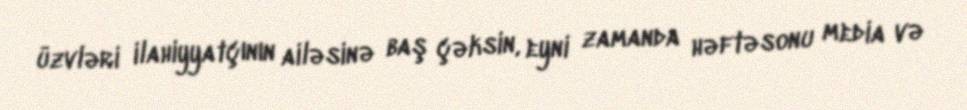
üzvləri ilahiyyatçının ailəsinə baş çəksin, eyni zamanda həftəsonu media və